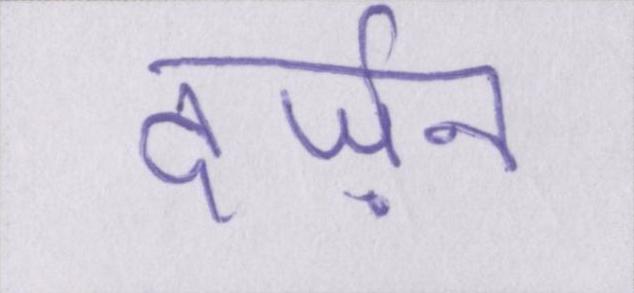
दर्ज़न